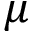
\mu